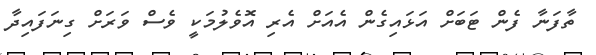
ތާފަނާ ފެން ޓަބަށް އަޅައިގެން އެއަށް އެރި އޮވެލުމަކީ ވެސް ވަރަށް ގިނަފައިދާ